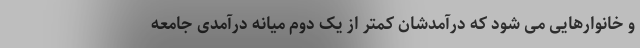
و خانوارهایی می شود که درآمدشان کمتر از یک دوم میانه درآمدی جامعه